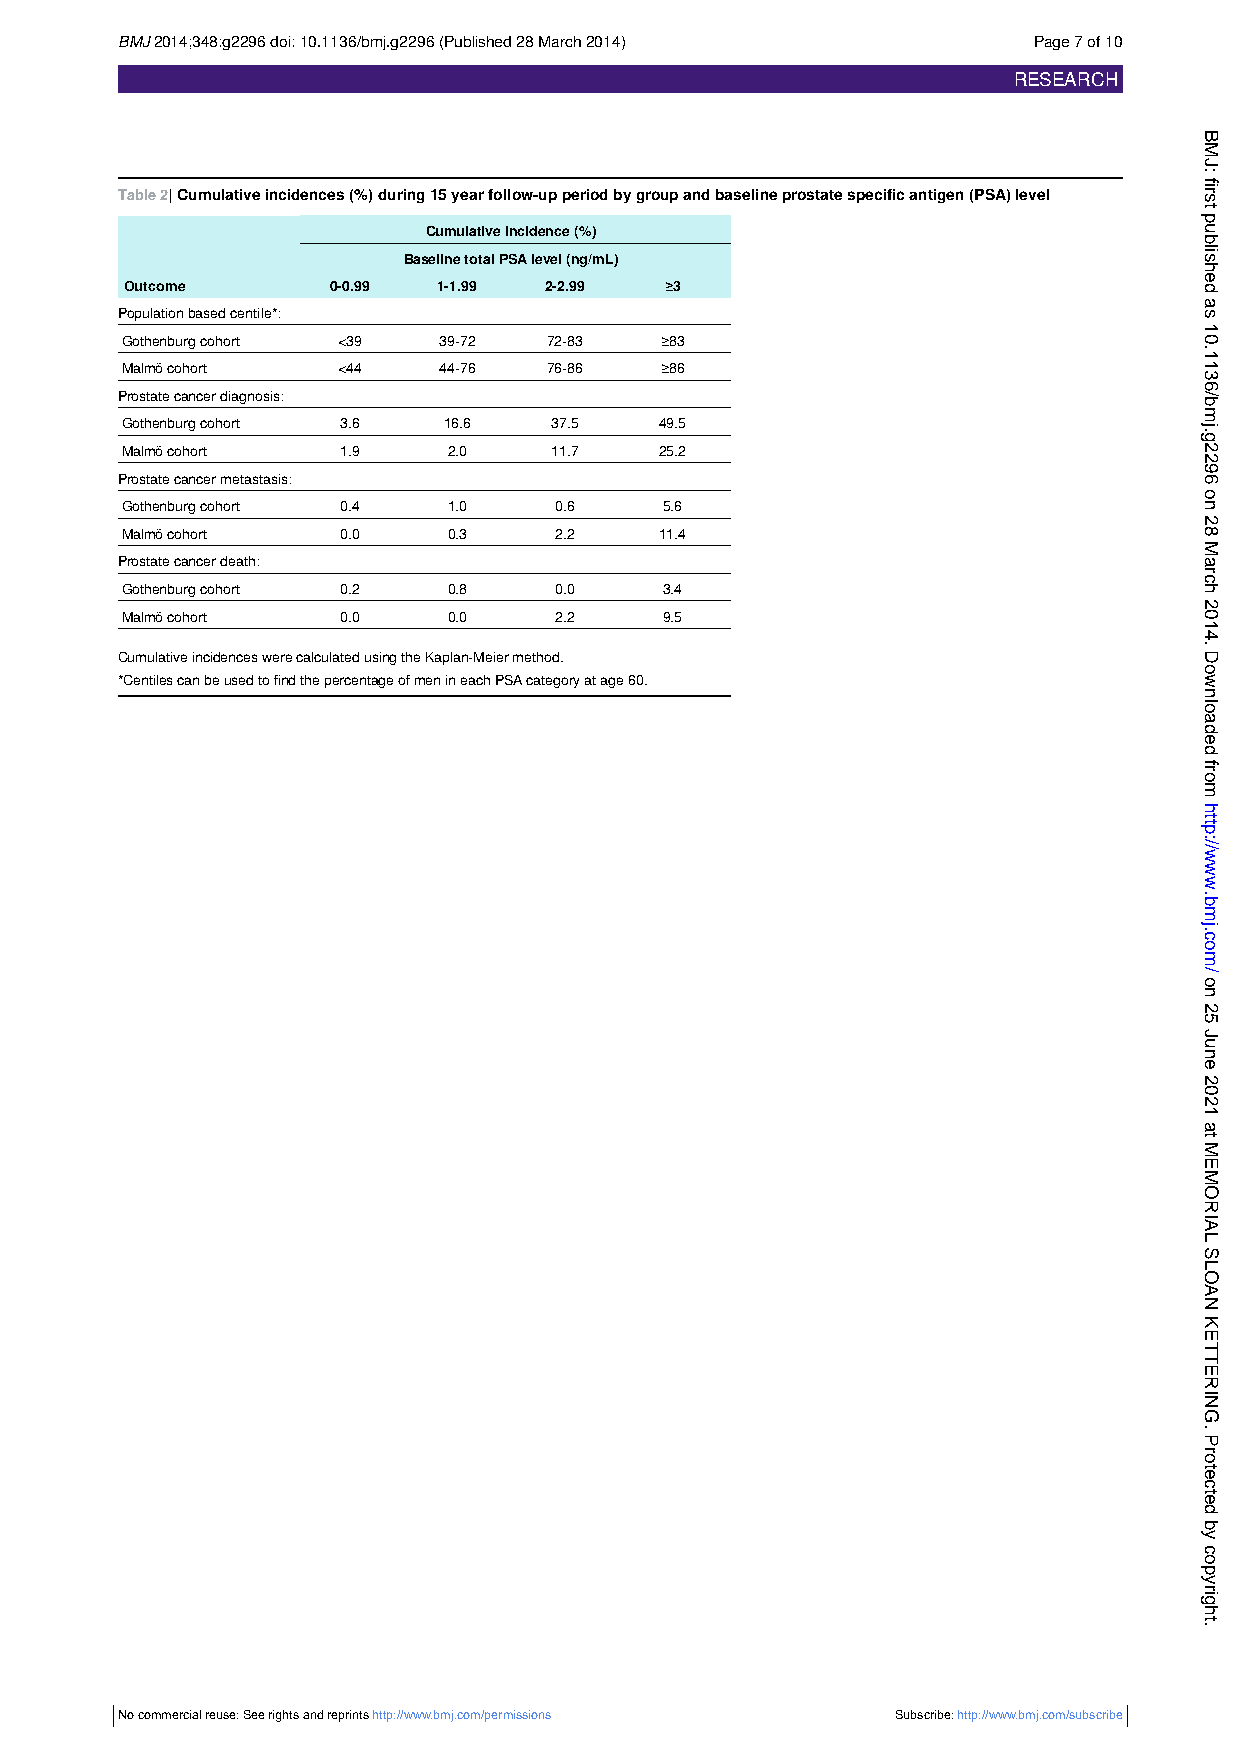
BMJ2014;348:g2296doi:10.1136/bmj.g2296(Published28March2014) Page7of10
 RESEARCH
 Table2|Cumulativeincidences(%)during15yearfollow-upperiodbygroupandbaselineprostatespecificantigen(PSA)level
 Cumulativeincidence(%)
 BaselinetotalPSAlevel(ng/mL)
 Outcome       0-0.99 1-1.99 2-2.99  ≥3
 Populationbasedcentile*:
 Gothenburgcohort <39 39-72  72-83   ≥83
 Malmöcohort   <44    44-76  76-86   ≥86
 Prostatecancerdiagnosis:
 Gothenburgcohort 3.6 16.6   37.5    49.5
 Malmöcohort   1.9     2.0   11.7    25.2
 Prostatecancermetastasis:
 Gothenburgcohort 0.4  1.0    0.6    5.6
 Malmöcohort   0.0     0.3    2.2    11.4
 Prostatecancerdeath:
 Gothenburgcohort 0.2  0.8    0.0    3.4
 Malmöcohort   0.0     0.0    2.2    9.5
 CumulativeincidenceswerecalculatedusingtheKaplan-Meiermethod.
 *CentilescanbeusedtofindthepercentageofmenineachPSAcategoryatage60.
 No commercial reuse: See rights and reprints http://www.bmj.com/permissions Subscribe:http://www.bmj.com/subscribe
 BMJ:
 first
 published
 as
 10.1136/bmj.g2296
 on
 28
 March
 2014.
 Downloaded
 from
 http://www.bmj.com/
 on
 25
 June
 2021
 at
 MEMORIAL
 SLOAN
 KETTERING.
 Protected
 by
 copyright.